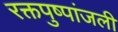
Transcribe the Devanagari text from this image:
रक्तपुष्पांजली